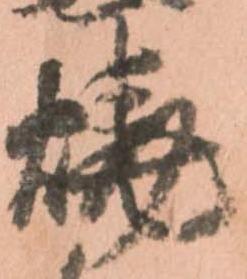
焼